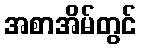
အစာအိမ်တွင်